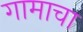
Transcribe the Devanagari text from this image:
गामाचा